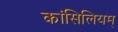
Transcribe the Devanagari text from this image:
कांसिलियम्